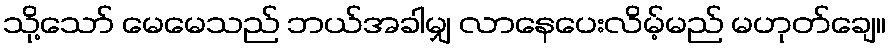
သို့သော် မေမေသည် ဘယ်အခါမျှ လာနေပေးလိမ့်မည် မဟုတ်ချေ။